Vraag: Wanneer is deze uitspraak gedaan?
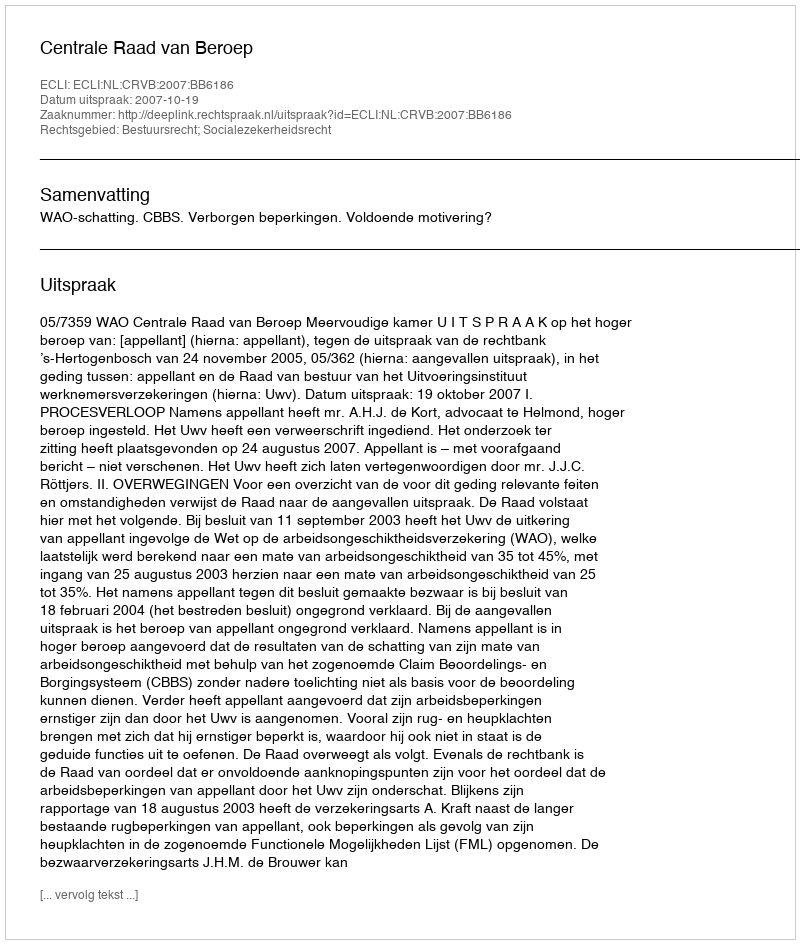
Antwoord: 2007-10-19